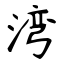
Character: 湾